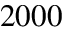
2 0 0 0